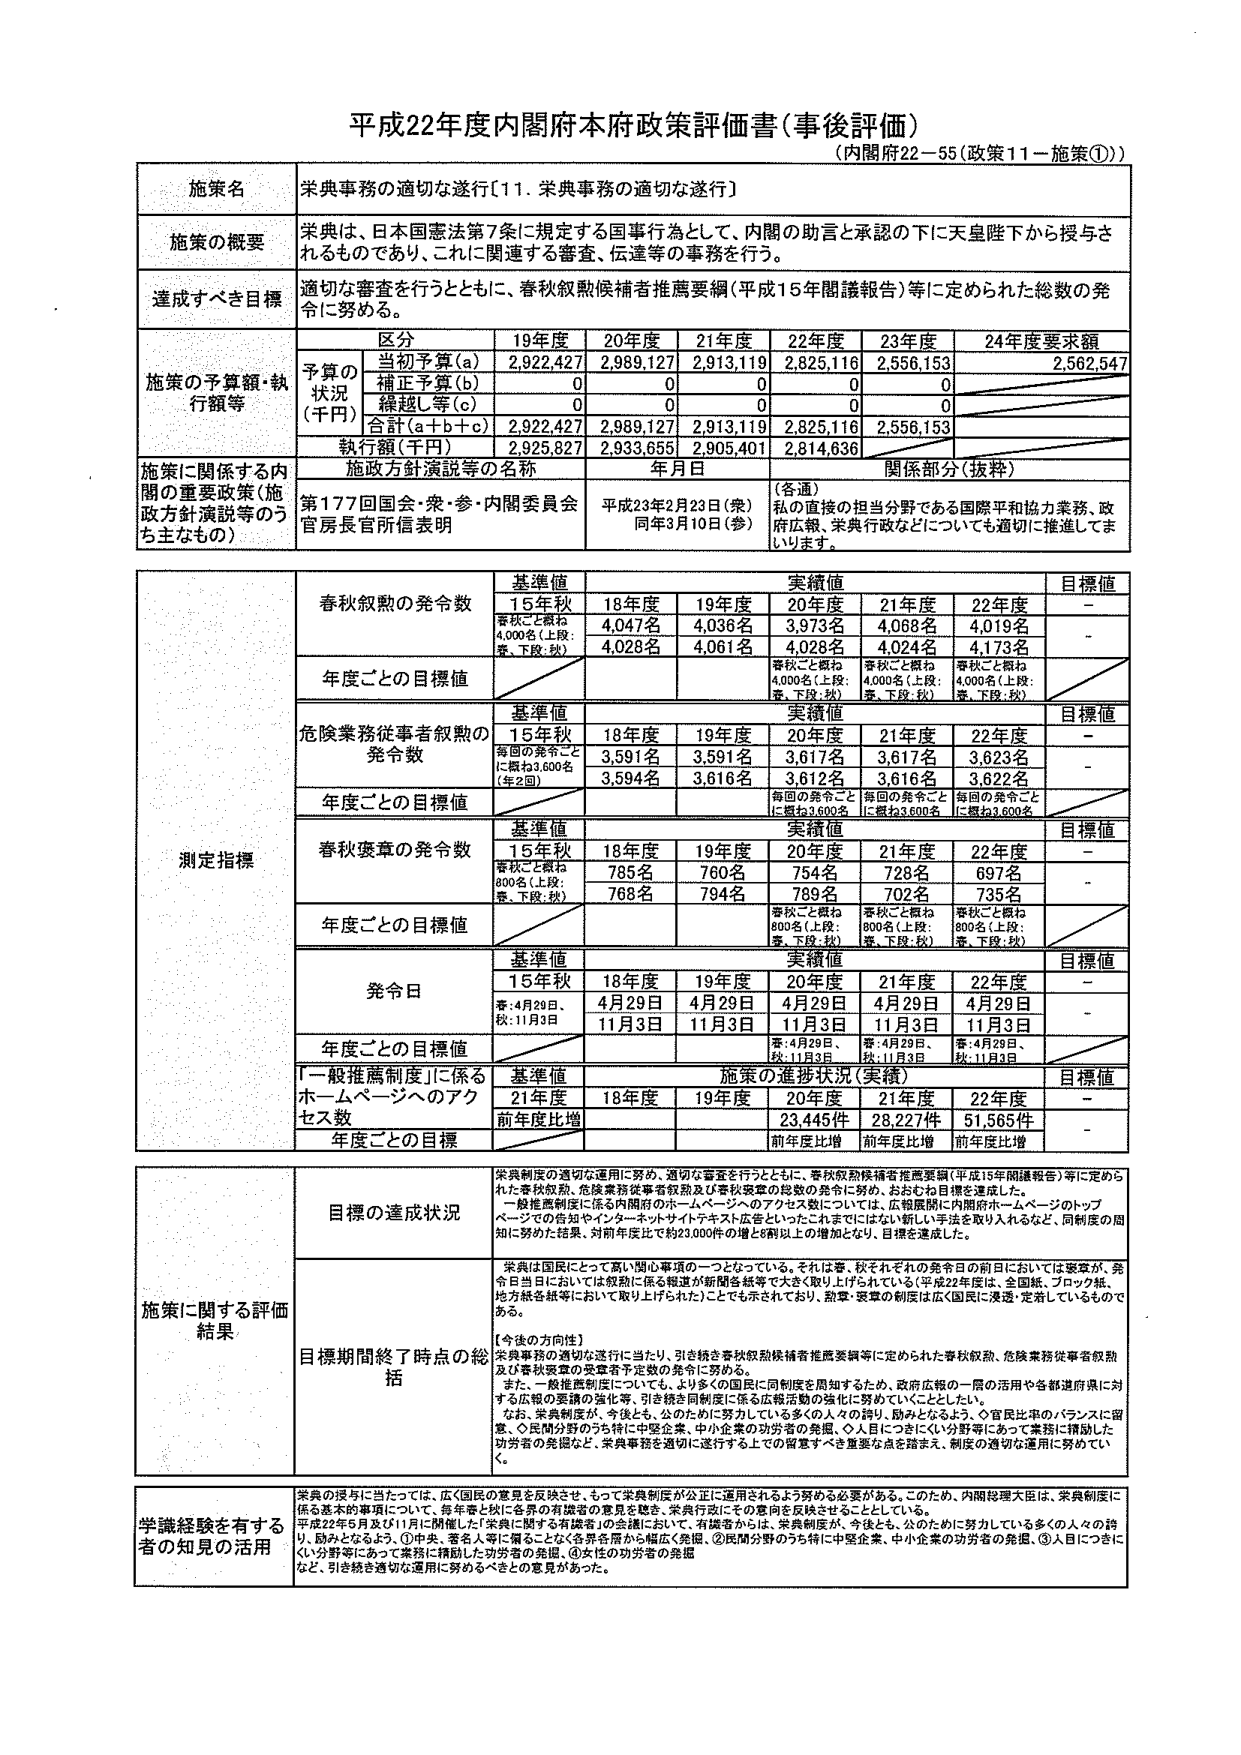
平成22年度内閣府本府政策評価書（事後評価）
（内閣府22－55（政策11－施策①））

施策名
栄典事務の適切な遂行［11．栄典事務の適切な遂行］

施策の概要
栄典は、日本国憲法第7条に規定する国事行為として、内閣の助言と承認の下に天皇陛下から授与されるものであり、これに関連する審査、伝達等の事務を行う。

達成すべき目標
適切な審査を行うとともに、春秋叙勲候補者推薦要綱（平成15年閣議報告）等に定められた総数の発令に努める。

施策の予算額・執行額等
区分 19年度 20年度 21年度 22年度 23年度 24年度要求額
予算の状況（千円）
当初予算（a） 2,922,427 2,989,127 2,913,119 2,825,116 2,556,153 2,562,547
補正予算（b） 0 0 0 0 0
繰越し等（c） 0 0 0 0 0
合計（a＋b＋c） 2,922,427 2,989,127 2,913,119 2,825,116 2,556,153
執行額（千円） 2,925,827 2,933,655 2,905,401 2,814,636

施策に関係する内閣の重要政策（施政方針演説等のうち主なもの）
施政方針演説等の名称 年月日 関係部分（抜粋）
第177回国会・衆・参・内閣委員会官房長官所信表明 平成23年2月23日（衆）同年3月10日（参） （各通）私の直接の担当分野である国際平和協力業務、政府広報、栄典行政などについても適切に推進してまいります。

測定指標
春秋叙勲の発令数
基準値 実績値 目標値
15年秋 春秋ごと概ね4,000名（上段：春、下段：秋） 18年度 19年度 20年度 21年度 22年度
4,047名 4,036名 3,973名 4,068名 4,019名
4,028名 4,061名 4,028名 4,024名 4,173名
年度ごとの目標値 春秋ごと概ね4,000名（上段：春、下段：秋） 春秋ごと概ね4,000名（上段：春、下段：秋） 春秋ごと概ね4,000名（上段：春、下段：秋）

危険業務従事者叙勲の発令数
基準値 実績値 目標値
15年秋 毎回の発令ごとに概ね3,600名（年2回） 18年度 19年度 20年度 21年度 22年度
3,591名 3,591名 3,617名 3,617名 3,623名
3,594名 3,616名 3,612名 3,616名 3,622名
年度ごとの目標値 毎回の発令ごとに概ね3,600名 毎回の発令ごとに概ね3,600名 毎回の発令ごとに概ね3,600名

春秋褒章の発令数
基準値 実績値 目標値
15年秋 春秋ごと概ね800名（上段：春、下段：秋） 18年度 19年度 20年度 21年度 22年度
785名 760名 754名 728名 697名
768名 794名 789名 702名 735名
年度ごとの目標値 春秋ごと概ね800名（上段：春、下段：秋） 春秋ごと概ね800名（上段：春、下段：秋） 春秋ごと概ね800名（上段：春、下段：秋）

発令日
基準値 実績値 目標値
15年秋 春：4月29日、秋：11月3日 18年度 19年度 20年度 21年度 22年度
4月29日 4月29日 4月29日 4月29日 4月29日
11月3日 11月3日 11月3日 11月3日 11月3日
年度ごとの目標値 春：4月29日、秋：11月3日 春：4月29日、秋：11月3日 春：4月29日、秋：11月3日

「一般推薦制度」に係るホームページへのアクセス数
基準値 施策の進捗状況（実績） 目標値
21年度 前年度比増 18年度 19年度 20年度 21年度 22年度
23,445件 28,227件 51,565件
年度ごとの目標 前年度比増 前年度比増 前年度比増

施策に関する評価結果
目標の達成状況
栄典制度の適切な運用に努め、適切な審査を行うとともに、春秋叙勲候補者推薦要綱（平成15年閣議報告）等に定められた春秋叙勲、危険業務従事者叙勲及び春秋褒章の発令数の発令に努めた。一般推薦制度に係る内閣府のホームページへのアクセス数については、広報展開に内閣府ホームページのトップページでの告知やインターネットサイトテキスト広告といったこれまでにはない新しい手法を取り入れるなど、同制度の周知に努めた結果、対前年度比で約23,000件の増と6割以上の増加となり、目標を達成した。

目標期間終了時点の総括
栄典は国民にとって高い関心事項の一つとなっている。それは春、秋それぞれの発令日の前日においては警察が、発令日当日においては叙勲に係る報道が新聞各紙等で大きく取り上げられている（平成22年度は、全国紙、ブロック紙、地方紙各紙等において取り上げられた）ことでも示されており、勲章・褒章の制度は広く国民に浸透、定着しているものである。
【今後の方向性】
栄典事務の適切な遂行に当たり、引き続き春秋叙勲候補者推薦要綱等に定められた春秋叙勲、危険業務従事者叙勲及び春秋褒章の発令数予定数の発令に努める。
また、一般推薦制度についても、より多くの国民に同制度を周知するため、政府広報の一層の活用や各都道府県に対する広報の要請の強化等、引き続き同制度に係る広報活動の強化に努めていくこととした。
なお、栄典制度が、今後とも、公のために努力している多くの人々の誇り、励みとなるよう、①官民比率のバランスに留意、②民間分野のうち特に中堅企業、中小企業の功労者の発掘、③人目につきにくい分野等にあって業務に精励した功労者の発掘など、栄典事務を適切に遂行する上での留意すべき重要な点を踏まえ、制度の適切な運用に努めていく。

学識経験を有する者の知見の活用
栄典の授与に当たっては、広く国民の意見を反映させ、もって栄典制度が公正に運用されるよう努める必要がある。このため、内閣総理大臣は、栄典制度に係る基本的事項について、毎年春と秋に各界の有識者の意見を聴き、栄典行政にその意見を反映させることとしている。
平成22年5月及び11月に開催した「栄典に関する有識者」の会議において、有識者からは、栄典制度が、今後とも、公のために努力している多くの人々の誇り、励みとなるよう、①中央、著名人等に偏ることなく各界各層から幅広く発掘、②民間分野のうち特に中堅企業、中小企業の功労者の発掘、③人目につきにくい分野等にあって業務に精励した功労者の発掘、④女性の功労者の発掘など、引き続き適切な運用に努めるべきとの意見があった。